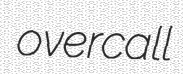
overcall